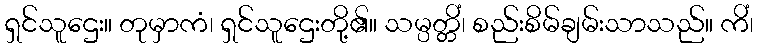
ရှင်သူဌေး။ တုမှာကံ၊ ရှင်သူဌေးတို့၏။ သမ္ပတ္တိံ၊ စည်းစိမ်ချမ်းသာသည်။ ကိံ၊